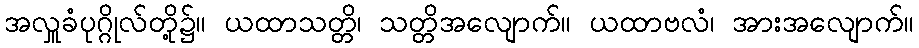
အလှူခံပုဂ္ဂိုလ်တို့၌။ ယထာသတ္တိ၊ သတ္တိအလျောက်။ ယထာဗလံ၊ အားအလျောက်။